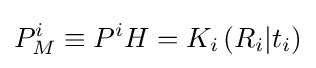
P_{M}^{i}\equiv P^{i}H=K_{i}\left(R_{i}|t_{i}\right)